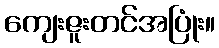
ကျေးဇူးတင်အပြုံး။